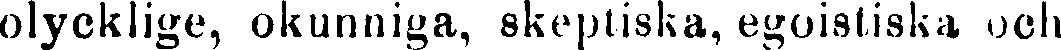
olycklige, okunniga, skeptiska, egoistiska och